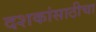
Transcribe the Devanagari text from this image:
दशकांसाठीचा